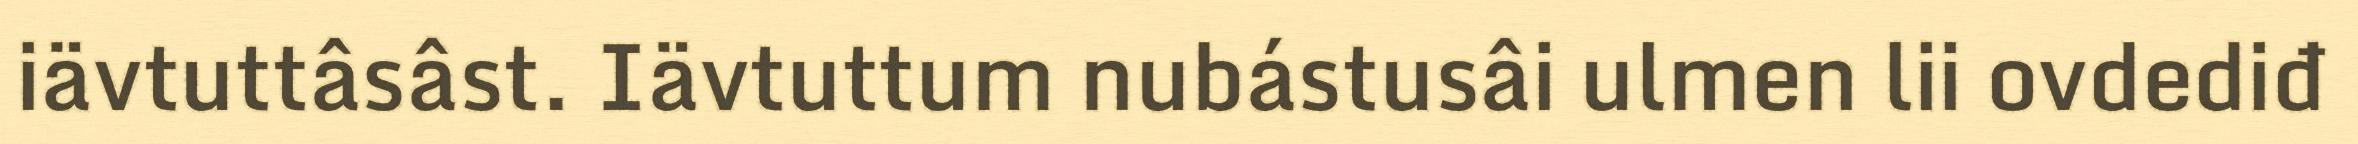
iävtuttâsâst. Iävtuttum nubástusâi ulmen lii ovdediđ